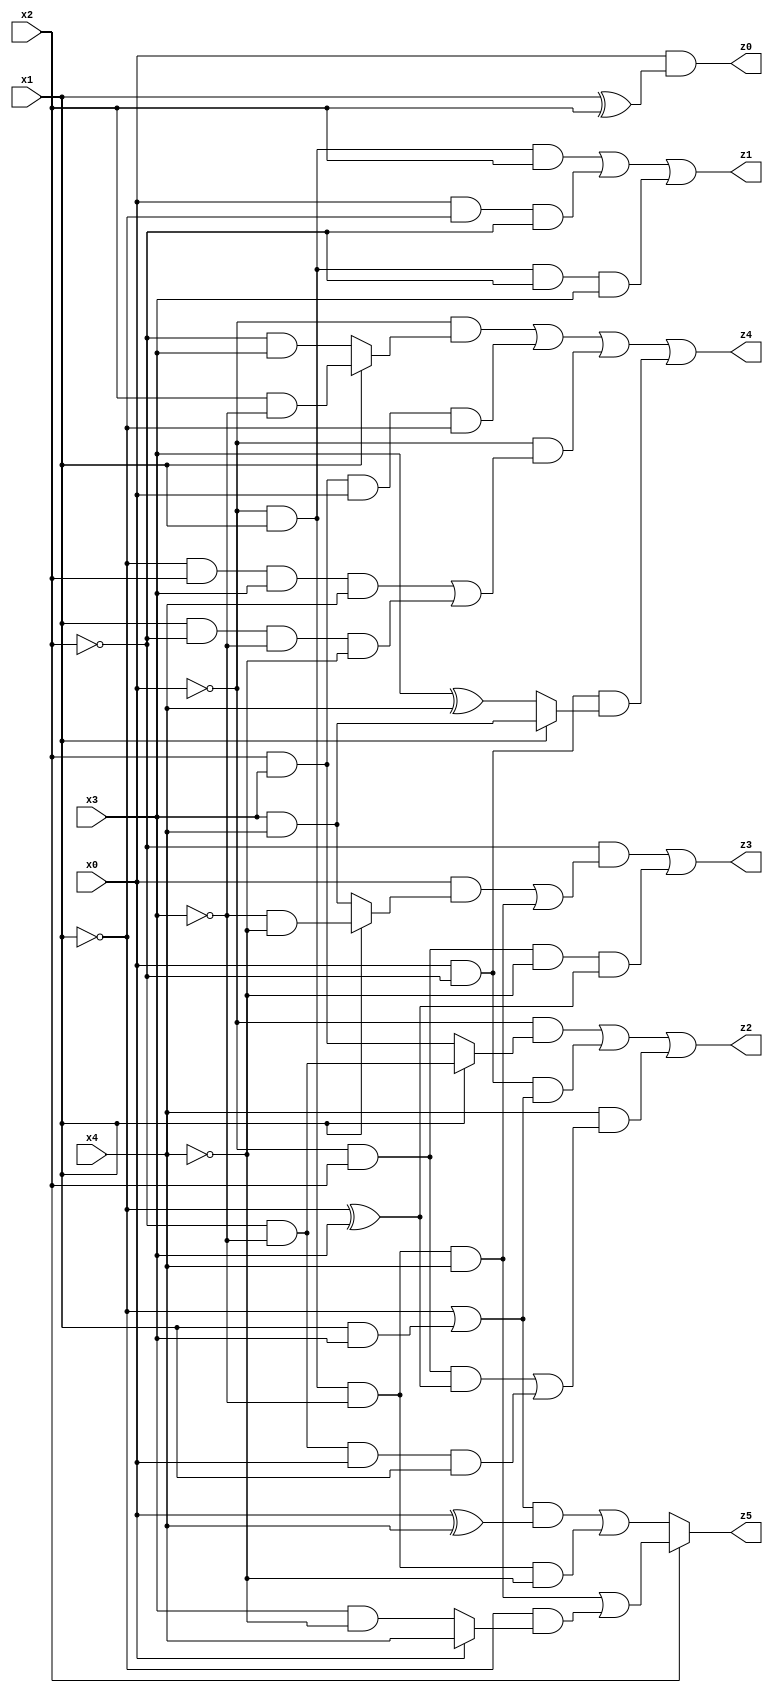
// Benchmark "quot_res" written by ABC on Mon Jul 10 22:59:54 2023

module quot_res ( 
    x0, x1, x2, x3, x4,
    z0, z1, z2, z3, z4, z5  );
  input  x0, x1, x2, x3, x4;
  output z0, z1, z2, z3, z4, z5;
  assign z0 = x0 & (x1 ^ x2);
  assign z1 = (~x0 & x1 & x2) | (x0 & ~x1 & ~x2) | (~x0 & x1 & ~x2 & x3);
  assign z2 = (~x0 & (x1 ? (~x2 & ~x3) : (x2 & x3))) | (x0 & ~x2 & (~x1 | (x1 & x3))) | (x4 & ((~x0 & x2 & (~x1 ^ x3)) | (~x2 & ~x3 & x0 & x1)));
  assign z3 = (~x2 & ((x0 & (x1 ? (~x3 & ~x4) : (x3 & x4))) | (~x0 & x1 & ~x3 & x4))) | (~x0 & x2 & ~x4 & (~x1 ^ x3));
  assign z4 = (~x0 & (x1 ? (x2 & ~x3) : (~x2 & x3))) | (x2 & x3 & x0 & ~x1) | (~x0 & ((~x1 & x2 & x3 & x4) | (x1 & ~x2 & ~x3 & ~x4))) | (x0 & ~x2 & (x1 ? (x3 & x4) : (x3 ^ x4)));
  assign z5 = x2 ? ((~x0 & x1 & ~x3 & x4) | (~x1 & (x0 ? x4 : (x3 & ~x4)))) : (((~x1 | (x1 & x3)) & (x0 ^ x4)) | (~x0 & x1 & ~x3 & ~x4));
endmodule